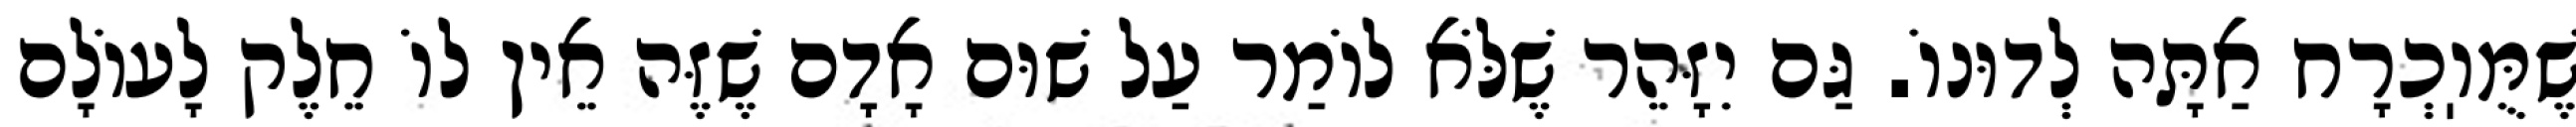
שֶׁמֻּוֽכְרָח אַתָּה לְדוּנוֹ. גַּם יִזָּהֵר שֶׁלֹּא לוֹמַר עַל שׁוּם אָדָם שֶׁזֶּה אֵין לוֹ חֵלֶק לָעוֹלָם